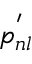
p _ { n l } ^ { ' }